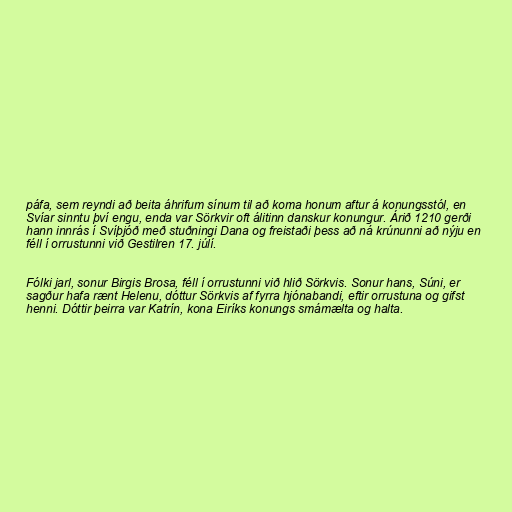
páfa, sem reyndi að beita áhrifum sínum til að koma honum aftur á konungsstól, en
Svíar sinntu því engu, enda var Sörkvir oft álitinn danskur konungur. Árið 1210 gerði
hann innrás í Svíþjóð með stuðningi Dana og freistaði þess að ná krúnunni að nýju en
féll í orrustunni við Gestilren 17. júlí.

Fólki jarl, sonur Birgis Brosa, féll í orrustunni við hlið Sörkvis. Sonur hans, Súni, er
sagður hafa rænt Helenu, dóttur Sörkvis af fyrra hjónabandi, eftir orrustuna og gifst
henni. Dóttir þeirra var Katrín, kona Eiríks konungs smámælta og halta.